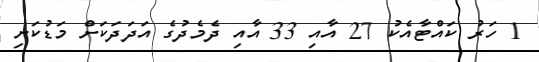
1 ހަރު ކައްޓާއެކު 27 އާއި 33 އާއި ދެމެދުގެ އަދަދަކަށް މަޑުކަށި